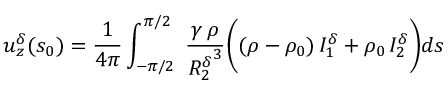
u _ { z } ^ { \delta } ( s _ { 0 } ) = \frac { 1 } { 4 \pi } \int _ { - \pi / 2 } ^ { \pi / 2 } \; \frac { \gamma \, \rho } { { R _ { 2 } ^ { \delta } } ^ { 3 } } \bigg ( ( \rho - \rho _ { 0 } ) \, I _ { 1 } ^ { \delta } + \rho _ { 0 } \, I _ { 2 } ^ { \delta } \bigg ) d s